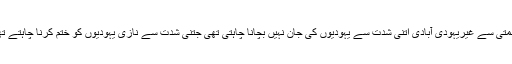
بدقسمتی سے غیریہودی آبادی اتنی شدت سے یہودیوں کی جان نہيں بچانا چاہتی تھی جتنی شدت سے نازی یہودیوں کو ختم کرنا چاہتے تھے۔